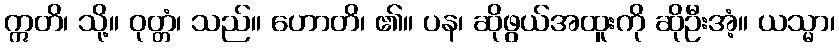
ဣတိ၊ သို့။ ဝုတ္တံ၊ သည်။ ဟောတိ၊ ၏။ ပန၊ ဆိုဖွယ်အထူးကို ဆိုဦးအံ့။ ယသ္မာ၊